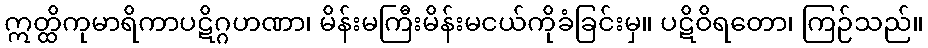
ဣတ္ထိကုမာရိကာပဋိဂ္ဂဟဏာ၊ မိန်းမကြီးမိန်းမငယ်ကိုခံခြင်းမှ။ ပဋိဝိရတော၊ ကြဉ်သည်။